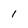
Character: I